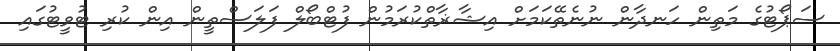
ސަޕޯޓުގެ މަތިން ހަނދާން ނުނެތޭކަމަށް އިޝާޜާތްކުރަމުން ފުޓްބޯލް ފަލަސްތީން އިން ކުރި ޓުވީޓުގައި